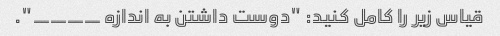
قیاس زیر را کامل کنید: "دوست داشتن به اندازه ____".